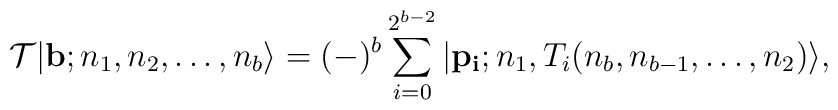
{\cal T}|{\bf b}; n_1,n_2,\ldots,n_b\rangle=(-)^b\sum_{i=0}^{2^{b-2}}|{\bf p_i}; n_1,T_i(n_b,n_{b-1},\ldots, n_2)\rangle,